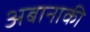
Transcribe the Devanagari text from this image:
अबानाकी